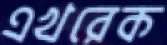
এখরেক